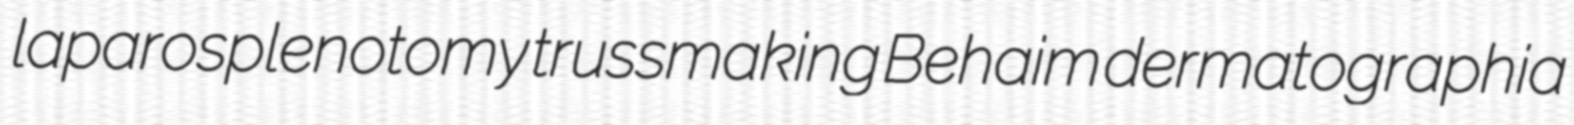
laparosplenotomy trussmaking Behaim dermatographia